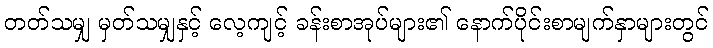
တတ်သမျှ မှတ်သမျှနှင့် လေ့ကျင့် ခန်းစာအုပ်များ၏ နောက်ပိုင်းစာမျက်နှာများတွင်